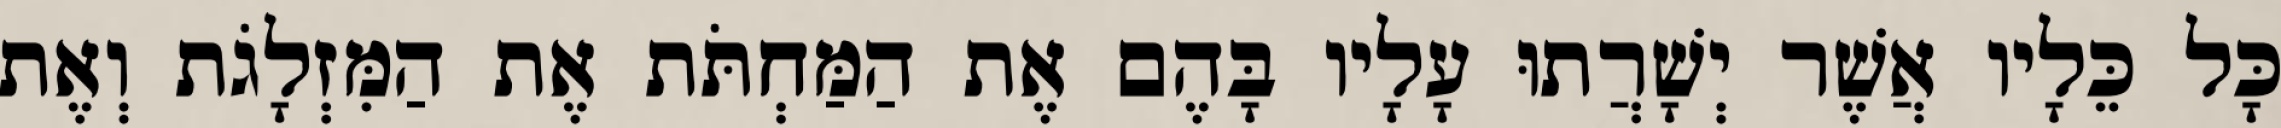
כָּל כֵּלָיו אֲשֶׁר יְשָׁרֲתוּ עָלָיו בָּהֶם אֶת הַמַּחְתֹּת אֶת הַמִּזְלָגֹת וְאֶת